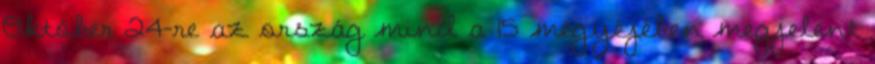
Október 24-re az ország mind a 15 megyéjében megjelent